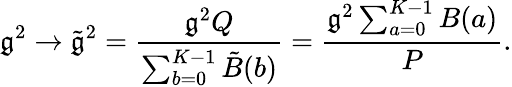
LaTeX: \mathfrak{g}^{2}\rightarrow\tilde{{\mathfrak{g}}}^{2}={\frac{{\mathfrak{g}^{2}Q}}{{\sum_{b=0}^{K-1}\tilde{{B}}(b)}}}={\frac{{\mathfrak{g}^{2}\sum_{a=0}^{K-1}B(a)}}{{P}}}.